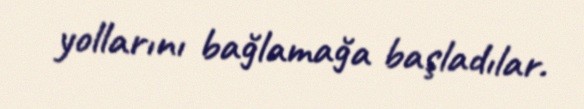
yollarını bağlamağa başladılar.